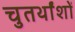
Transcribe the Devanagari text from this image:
चुतर्थांशों